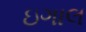
ઇગાલ